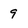
Character: 9